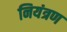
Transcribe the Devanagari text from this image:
नियंत्रण